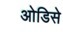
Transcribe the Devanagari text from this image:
ओडिसे